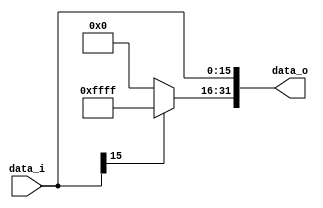
//Subject:     CO project 2 - Sign extend
//--------------------------------------------------------------------------------
//Version:     1
//--------------------------------------------------------------------------------
//Writer:      0510008  & 0510026 
//----------------------------------------------
//Date:        
//----------------------------------------------
//Description: 
//--------------------------------------------------------------------------------

module Sign_Extend(
    data_i,
    data_o
    );
               
//I/O ports
input   [16-1:0] data_i;
output  [32-1:0] data_o;

//Internal Signals
reg     [32-1:0] data_o;

//Sign extended
always@(*) begin
    data_o[15:0] <= data_i[15:0];
    if(data_i[15]==1'b1) begin
        data_o[31:16]<=16'b1111111111111111;
    end
    else begin
        data_o[31:16]<=16'b0000000000000000;
    end

end
          
endmodule